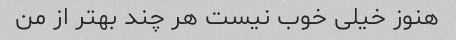
هنوز خیلی خوب نیست هر چند بهتر از من